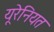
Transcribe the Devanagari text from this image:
यूरेनियत